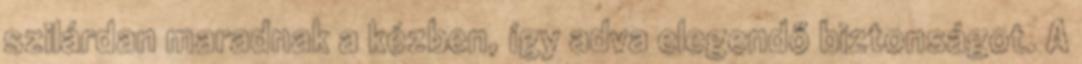
szilárdan maradnak a kézben, így adva elegendő biztonságot. A